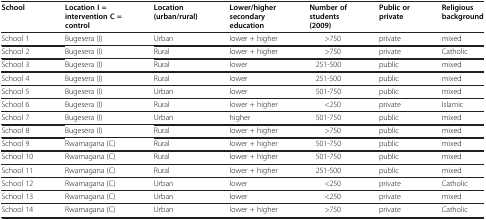
| School | Location I = intervention C = control | Location (urban/rural) | Lower/higher secondary education | Number of students (2009) | Public or private | Religious background |
 | --- | --- | --- | --- | --- | --- | --- |
 | School 1 | Bugesera (I) | Urban | lower + higher | >750 | private | mixed |
 | School 2 | Bugesera (I) | Rural | lower + higher | >750 | private | Catholic |
 | School 3 | Bugesera (I) | Rural | lower | 251-500 | public | mixed |
 | School 4 | Bugesera (I) | Rural | lower | 251-500 | public | mixed |
 | School 5 | Bugesera (I) | Urban | lower | 501-750 | public | mixed |
 | School 6 | Bugesera (I) | Rural | lower + higher | <250 | private | Islamic |
 | School 7 | Bugesera (I) | Urban | higher | 501-750 | public | mixed |
 | School 8 | Bugesera (I) | Rural | lower + higher | >750 | public | mixed |
 | School 9 | Rwamagana (C) | Rural | lower + higher | 501-750 | public | mixed |
 | School 10 | Rwamagana (C) | Rural | lower + higher | 501-750 | public | mixed |
 | School 11 | Rwamagana (C) | Rural | lower + higher | 251-500 | public | mixed |
 | School 12 | Rwamagana (C) | Urban | lower | <250 | private | Catholic |
 | School 13 | Rwamagana (C) | Urban | lower | <250 | private | mixed |
 | School 14 | Rwamagana (C) | Urban | lower + higher | >750 | private | Catholic |